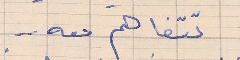
تتفاهم معه  . .